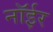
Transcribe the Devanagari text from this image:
नॉईर